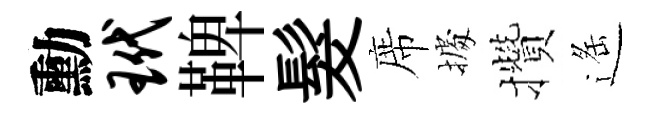
勳玳鞞髮席𢴃攢遥